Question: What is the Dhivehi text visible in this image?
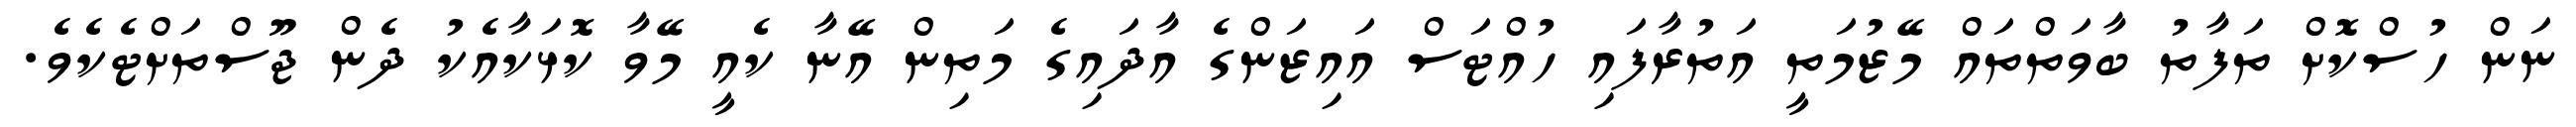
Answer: ނަން ހުސްކޮށް ތަފާތު ބާވަތްތައް މޭޒުމަތީ އަތުރާފައި ހުއްޓަސް އައިޒަންގެ އާދައިގެ މަތިން އޭނާ ކެއީ މޭވާ ކޮޅަކާއެކު ދެން ޖޫސްތަށްޓެކެވެ.